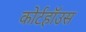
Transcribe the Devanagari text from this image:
कोर्टहॉउस